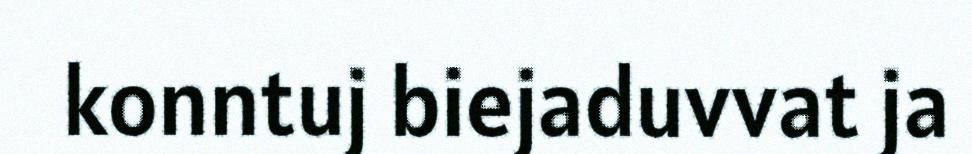
konntuj biejaduvvat ja